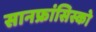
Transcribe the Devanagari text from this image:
सानफ्रांसिस्को